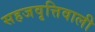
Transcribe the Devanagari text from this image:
सहजवृत्तिवाली